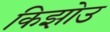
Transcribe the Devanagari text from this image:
किझोउ